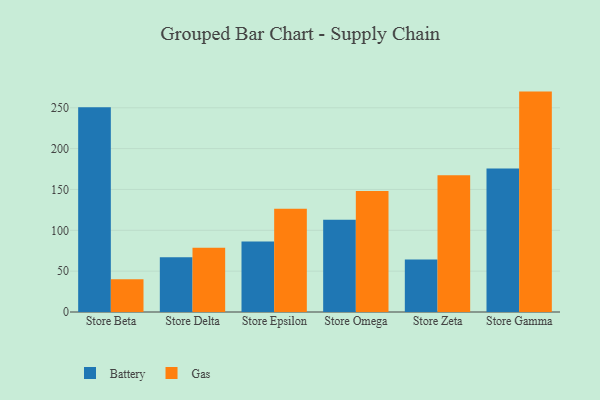
{"axis": {"x": "Store", "y": "Website Visitors"}, "legend": ["Battery", "Gas"], "data": [{"x": "Store Beta", "y": 250.5, "type": "Battery"}, {"x": "Store Beta", "y": 40.0, "type": "Gas"}, {"x": "Store Delta", "y": 67.1, "type": "Battery"}, {"x": "Store Delta", "y": 78.8, "type": "Gas"}, {"x": "Store Epsilon", "y": 86.3, "type": "Battery"}, {"x": "Store Epsilon", "y": 126.3, "type": "Gas"}, {"x": "Store Omega", "y": 113.0, "type": "Battery"}, {"x": "Store Omega", "y": 148.2, "type": "Gas"}, {"x": "Store Zeta", "y": 64.3, "type": "Battery"}, {"x": "Store Zeta", "y": 167.5, "type": "Gas"}, {"x": "Store Gamma", "y": 175.6, "type": "Battery"}, {"x": "Store Gamma", "y": 269.8, "type": "Gas"}]}